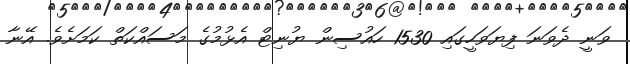
ވަނީ ދެވަނަ ފިޔަވަހީގައި 1530 ހައުސިން ޔުނިޓް އެޅުމުގެ މަސައްކަތް ކަމަށެވެ. އޭނާ